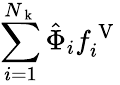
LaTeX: \sum_{i=1}^{N_{\mathrm{~k~}}}\hat{\Phi}_{i}f_{i}^{\mathrm{~V~}}